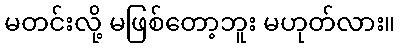
မတင်းလို့ မဖြစ်တော့ဘူး မဟုတ်လား။